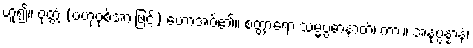
ဟူ၍။ ဝုတ္တံ (ဗဟုဝုစ်အားဖြင့်) ဟောအပ်၏။ စတ္တာရော သမ္မပ္ပဓာနာတိ၊ ကား။ အနုပ္ပန္နာနံ၊